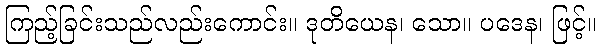
ကြည့်ခြင်းသည်လည်းကောင်း။ ဒုတိယေန၊ သော။ ပဒေန၊ ဖြင့်။